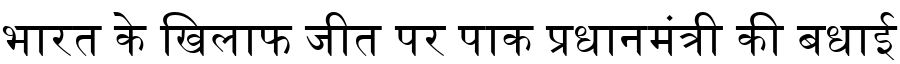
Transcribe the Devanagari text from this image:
भारत के खिलाफ जीत पर पाक प्रधानमंत्री की बधाई